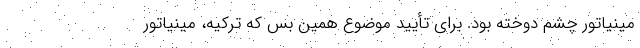
مینیاتور چشم دوخته بود. برای تأیید موضوع همین بس که ترکیه، مینیاتور